Calcutta medical institutions reports 1879-81 [i.e.91]
Year: 1879
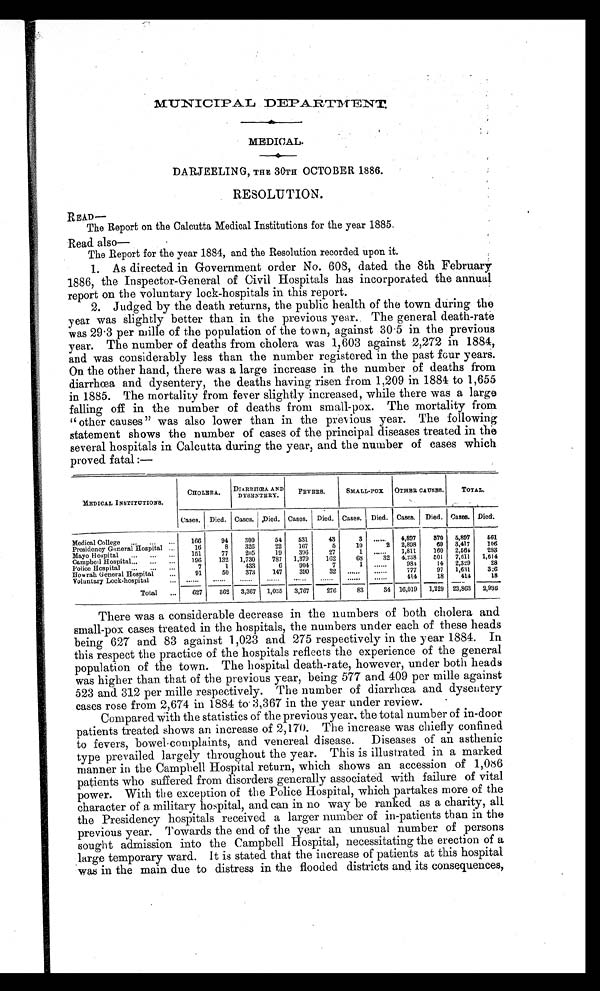
MUNICIPAL DEPARTMENT.
MEDICAL.
DARJEELING, THE 30TH OCTOBER 1886.
RESOLUTION.
READ—
The Report on the Calcutta Medical Institutions for the year 1885.
Read also—
The Report for the year 1884, and the Resolution recorded upon it.
1. As directed in Government order No. 608, dated the 8th February
1886, the Inspector-General of Civil Hospitals has incorporated the annual
report on the voluntary lock-hospitals in this report.
2. Judged by the death returns, the public health of the town during the
year was slightly better than in the previous year. The general death-rate
was 29.3 per mille of the population of the town, against 30.5 in the previous
year. The number of deaths from cholera was 1,603 against 2,272 in 1884,
and was considerably less than the number registered in the past four years.
On the other hand, there was a large increase in the number of deaths from
diarrhœa and dysentery, the deaths having risen from 1,209 in 1884 to 1,655
in 1885. The mortality from fever slightly increased, while there was a large
falling off in the number of deaths from small-pox. The mortality from
" other causes" was also lower than in the previous year. The following
statement shows the number of cases of the principal diseases treated in the
several hospitals in Calcutta during the year, and the number of cases which
proved fatal:—
MEDICAL INSTITUTIONS.
CHOLERA. DIARRHŒA AND
DYSENTERY.
FEVERS.
SMALL-POX OTHER CAUSES.
TOTAL.
Cases. Died. Cases. Died. Cases. Died. Cases. Died. Cases. Died. Cases. Died.
Medical College ... . . .
. . .
166
94
300
54
531
43
3 ......
4,897
370 5,897
561
Presidency General Hospital ...
16
8
326
22
167
5
10
2 2,898
69 3,417
106
Mayo Hospital ... ... .,.
151
77
205
19 396
27
1 .... .
1,811
160 2,564
283
Campbed Hospital._ .,. ...
196
132 1,730
787 1,379
162
68
32 4,238
501 7,611 1,614
Police Hospital.. ... ...
7
1
433
6
904
7
1 .....
984
14 2,329
28
Howrah General Hospital
...
91
50
373
147
390
32
777
97 1,631
326
Voluntary Lock-hospital
414
18
414
18
Total ...
627
362 3,367 1,035 3,767
276
83
34 16,019 1,229 23,863 2,936
There was a considerable decrease in the numbers of both cholera and
small-pox cases treated in the hospitals, the numbers under each of these heads
being 627 and 83 against 1,023 and 275 respectively in the year 1884. In
this respect the practice of the hospitals reflects the experience of the general
population of the town. The hospital death-rate, however, under both heads
was higher than that of the previous year, being 577 and 409 per mille against
523 and 312 per mille respectively. The number of diarrhœa and dysentery
cases rose from 2,674 in 1884 to 3,367 in the year under review.
Compared With the statistics of the previous year, the total number of in-door
patients treated shows an increase of 2,170. The increase was chiefly confined
to fevers, bowel-complaints, and venereal disease. Diseases of an asthenic
type prevailed largely throughout the year. This is illustrated in a marked
manner in the Campbell Hospital return, which shows an accession of 1,086
patients who suffered from disorders generally associated with failure of vital
power. With the exception of the Police Hospital, which partakes more of the
character of a military hospital, and can in no way be ranked as a charity, all
the Presidency hospitals received a larger number of in-patients than in the
previous year. Towards the end of the year an unusual number of persons
sought admission into the Campbell Hospital, necessitating the erection of a
large temporary ward. It is stated that the increase of patients at this hospital
was in the main due to distress in the flooded districts and its consequences,